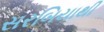
સરબિયાથી